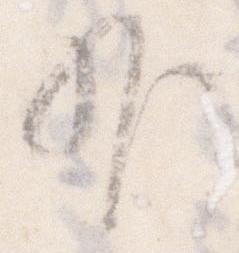
外